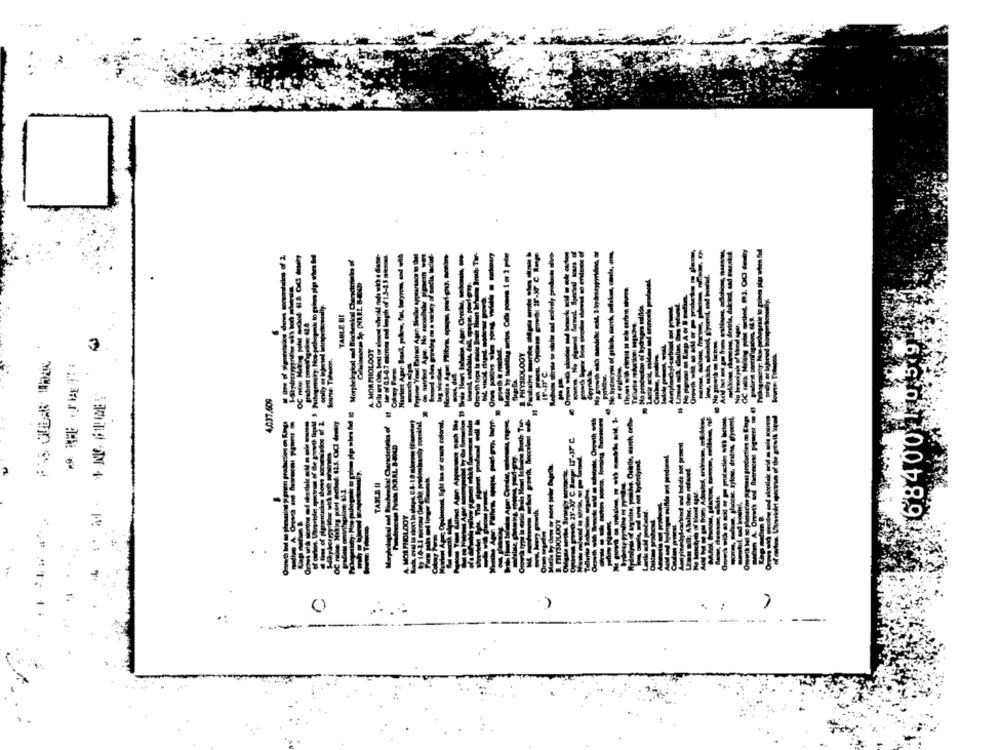
azt Apar Saal, prlow, fat, baryrom, and with
TABLE BI
3
A. MORPHOLOOT
-------
th wah
68400
--
---
-
--
--
--
----
----
MOR PHOLDOY
----
()
-